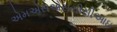
એમએસએસસીસીઆઇ